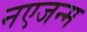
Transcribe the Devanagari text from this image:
नएजन्म